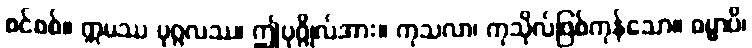
စင်စစ်။ ဣမဿ ပုဂ္ဂလဿ၊ ဤပုဂ္ဂိုလ်အား။ ကုသလာ၊ ကုသိုလ်ဖြစ်ကုန်သော။ ဓမ္မာပိ၊